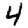
Digit: 4